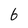
Character: b